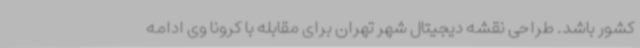
کشور باشد. طراحی نقشه دیجیتال شهر تهران برای مقابله با کرونا وی ادامه